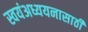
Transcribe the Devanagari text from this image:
स्वयंअध्ययनासाठी